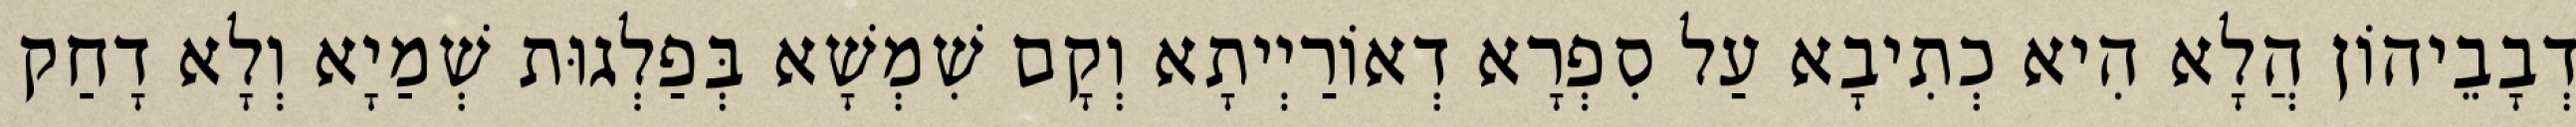
דְבָבֵיהוֹן הֲלָא הִיא כְתִיבָא עַל סִפְרָא דְאוֹרַיְיתָא וְקָם שִׁמְשָׁא בְּפַלְגוּת שְׁמַיָא וְלָא דָחַק